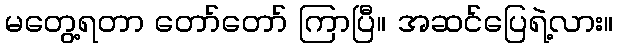
မတွေ့ရတာ တော်တော် ကြာပြီ။ အဆင်ပြေရဲ့လား။